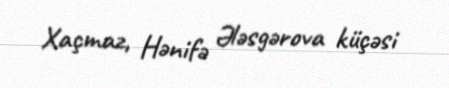
Xaçmaz, Hənifə Ələsgərova küçəsi